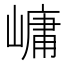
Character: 㟾